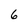
Character: 6